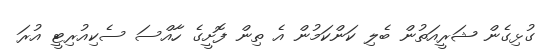
ގުޅިގެން ޝަރީއަތުން ބެލި ކަންކަމުން އެ ތިން ފޮށީގެ ހާއްސަ ސެކިއުރިޓީ އުރަ